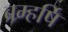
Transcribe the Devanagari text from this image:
ब्रम्हर्षि